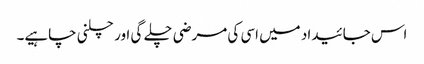
اس جائیداد میں اسی کی مرضی چلے گی اور چلنی چاہیے۔